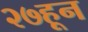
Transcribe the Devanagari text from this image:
२७हून